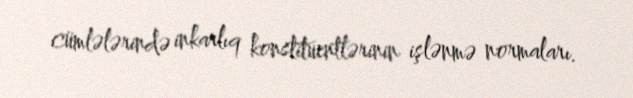
cümlələrində inkarlıq konstituentlərinin işlənmə normaları.